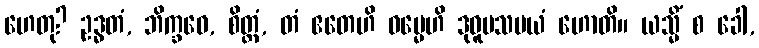
ဟေတု? ဥဒ္ဓတံ, ဘိက္ခဝေ, စိတ္တံ, တံ ဧတေဟိ ဓမ္မေဟိ ဒုဝူပသမယံ ဟောတိ။ ယသ္မိံ စ ခေါ,